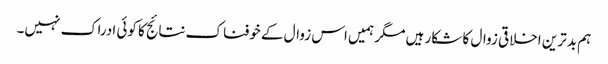
ہم بدترین اخلاقی زوال کا شکار ہیں مگر ہمیں اس زوال کے خوفناک نتائج کا کوئی ادراک نہیں۔